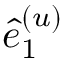
\hat { e } _ { 1 } ^ { ( u ) }